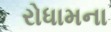
રોધામના